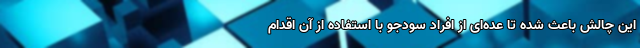
این چالش باعث شده تا عده‌ای از افراد سودجو با استفاده از آن اقدام